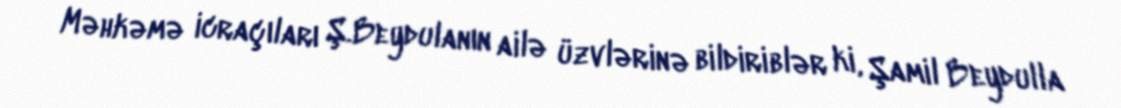
Məhkəmə icraçıları Ş.Beydulanın ailə üzvlərinə bildiriblər ki, Şamil Beydulla